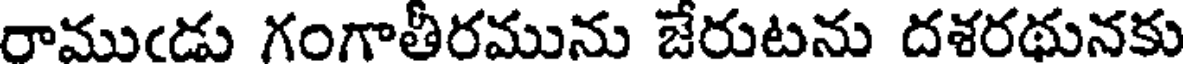
రాముఁడు గంగాతీరమును జేరుటను దశరథునకు